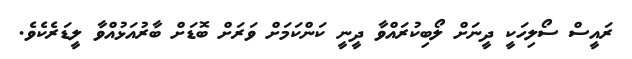
ރައީސް ސޯލިހަކީ ދީނަށް ލޯބިކުރައްވާ ދީނީ ކަންކަމަށް ވަރަށް ބޮޑަށް ބާރުއަޅުއްވާ ލީޑަރެކެވެ.